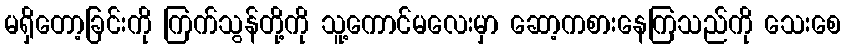
မရှိတော့ခြင်းကို ကြက်သွန်တို့ကို သူ့ကောင်မလေးမှာ ဆော့ကစားနေကြသည်ကို သေးစေ